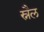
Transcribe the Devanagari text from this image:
स्नैल